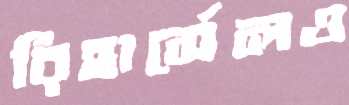
রিহার্সেলও